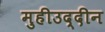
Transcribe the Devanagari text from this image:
मुहीउद्दीन